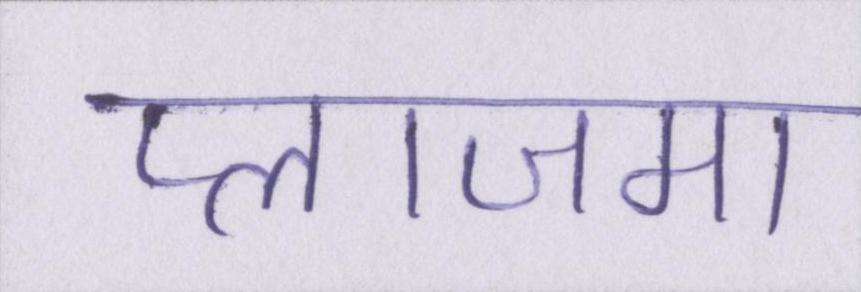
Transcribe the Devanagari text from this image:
प्लाजमा